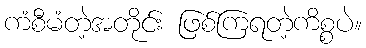
ကံစီမံတဲ့အတိုင်း ဖြစ်ကြရတဲ့ကိစ္စပဲ။